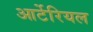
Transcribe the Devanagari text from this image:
आर्टेरियल